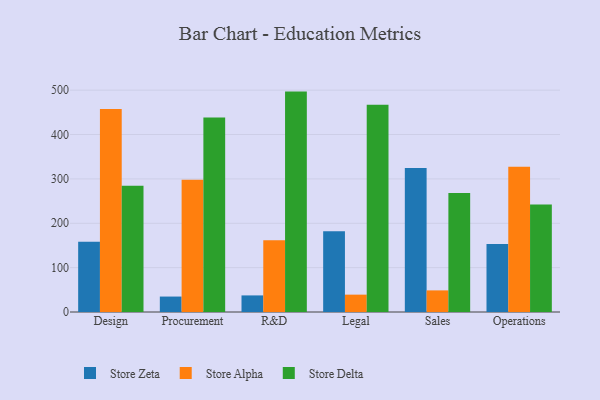
{"axis": {"x": "Department", "y": "Inventory Turnover"}, "legend": ["Store Alpha", "Store Delta", "Store Zeta"], "data": [{"x": "Design", "y": 158.4, "type": "Store Zeta"}, {"x": "Design", "y": 457.7, "type": "Store Alpha"}, {"x": "Design", "y": 284.8, "type": "Store Delta"}, {"x": "Procurement", "y": 34.8, "type": "Store Zeta"}, {"x": "Procurement", "y": 298.0, "type": "Store Alpha"}, {"x": "Procurement", "y": 438.6, "type": "Store Delta"}, {"x": "R&D", "y": 37.4, "type": "Store Zeta"}, {"x": "R&D", "y": 161.8, "type": "Store Alpha"}, {"x": "R&D", "y": 496.8, "type": "Store Delta"}, {"x": "Legal", "y": 182.1, "type": "Store Zeta"}, {"x": "Legal", "y": 39.1, "type": "Store Alpha"}, {"x": "Legal", "y": 467.2, "type": "Store Delta"}, {"x": "Sales", "y": 324.8, "type": "Store Zeta"}, {"x": "Sales", "y": 48.7, "type": "Store Alpha"}, {"x": "Sales", "y": 268.3, "type": "Store Delta"}, {"x": "Operations", "y": 153.3, "type": "Store Zeta"}, {"x": "Operations", "y": 327.4, "type": "Store Alpha"}, {"x": "Operations", "y": 242.5, "type": "Store Delta"}]}